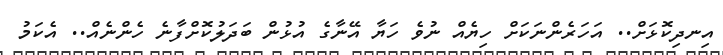
އިނދިކޮޅަށް.. އަަހަރެންނަކަށް ހިޔެއް ނުވެ ހަޔާ އޭނާގެ އުޅުން ބަދަލުކޮށްފާނެ ހެންނެއް.. އެކަމު